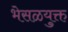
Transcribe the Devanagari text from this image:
भेसळयुक्त